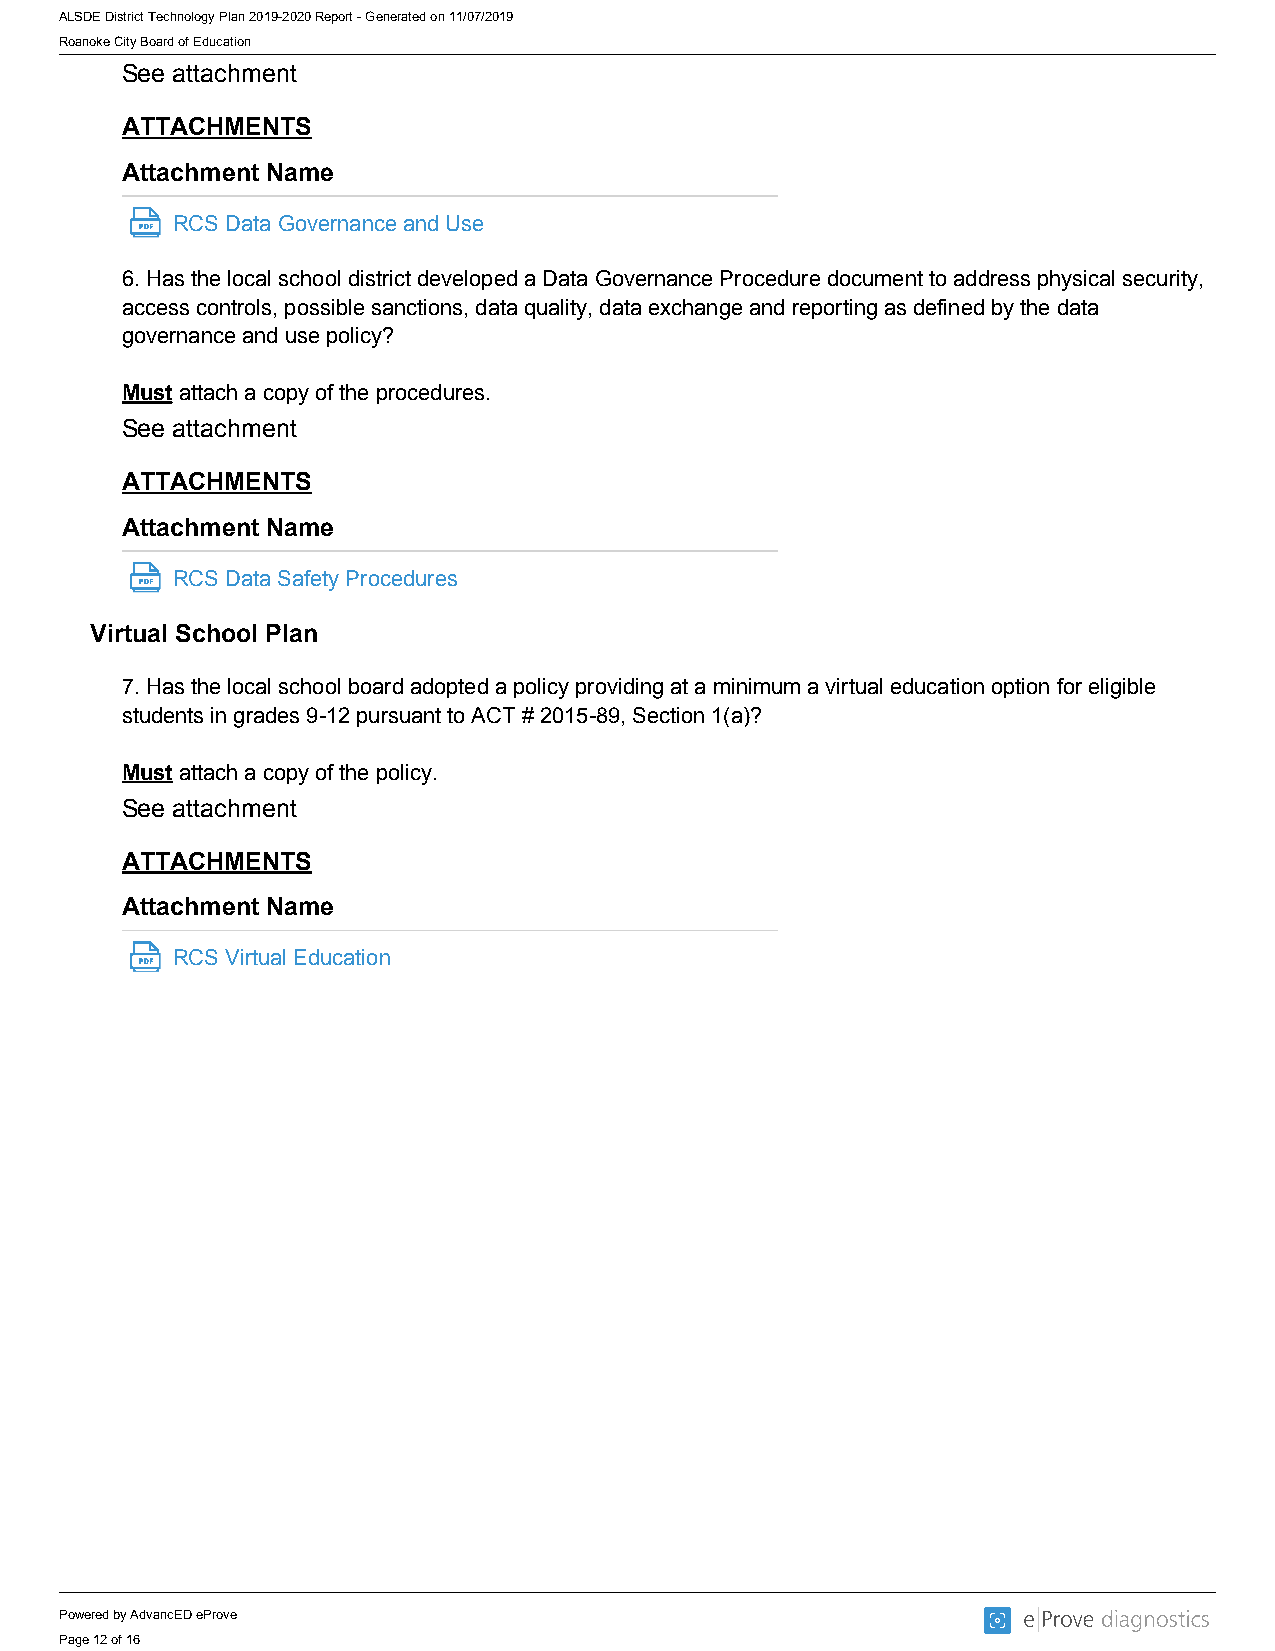
ALSDE District Technology Plan 2019-2020 Report - Generated on 11/07/2019
 Roanoke City Board of Education
 See attachment
 ATTACHMENTS
 Attachment Name
 RCS Data Governance and Use
 6. Has the local school district developed a Data Governance Procedure document to address physical security,
 access controls, possible sanctions, data quality, data exchange and reporting as defined by the data
 governance and use policy?
 Must attach a copy of the procedures.
 See attachment
 ATTACHMENTS
 Attachment Name
 RCS Data Safety Procedures
 Virtual School Plan
 7. Has the local school board adopted a policy providing at a minimum a virtual education option for eligible
 students in grades 9-12 pursuant to ACT # 2015-89, Section 1(a)?
 Must attach a copy of the policy.
 See attachment
 ATTACHMENTS
 Attachment Name
 RCS Virtual Education
 Powered by AdvancED eProve
 Page 12 of 16